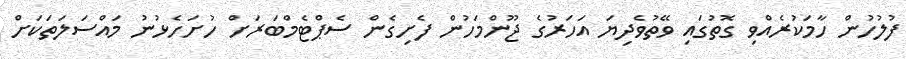
ފުލުހުން ހާމަކުރެއްވި ގޮތުގައި ވޭތުވެދިޔަ އަހަރުގެ ޖޫންމަހުން ފެށިގެން ސެޕްޓެމްބަރަށް ހުށަހެޅުނު މައްސަލަތަކަށް